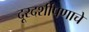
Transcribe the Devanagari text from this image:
दूरदर्शीपणाचे